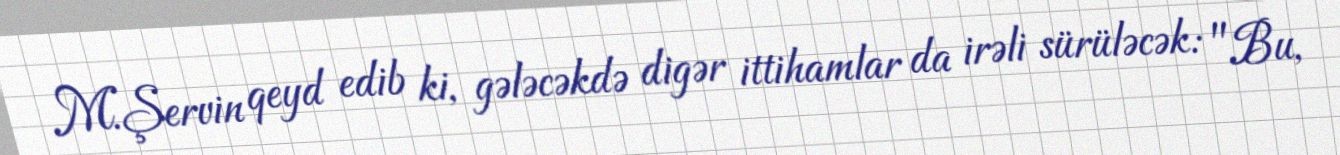
M.Şervin qeyd edib ki, gələcəkdə digər ittihamlar da irəli sürüləcək: "Bu,